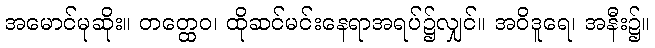
အမောင်မုဆိုး။ တတ္ထေဝ၊ ထိုဆင်မင်းနေရာအရပ်၌လျှင်။ အဝိဒူရေ၊ အနီး၌။